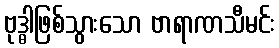
ဗုဒ္ဓါဖြစ်သွားသော ဗာရာဏသီမင်း